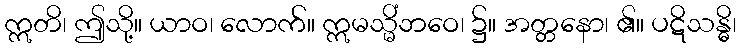
ဣတိ၊ ဤသို့။ ယာဝ၊ လောက်။ ဣမသ္မိံဘဝေ၊ ၌။ အတ္တနော၊ ၏။ ပဋိသန္ဓိ၊